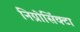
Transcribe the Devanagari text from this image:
निग्रोसिंक्टा